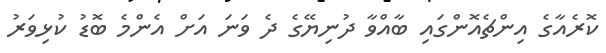
ކޮރެއާގެ އިންޗެއޮންގައި ބާއްވާ ދުނިޔޭގެ ދެ ވަނަ އަށް އެންމެ ބޮޑު ކުޅިވަރު